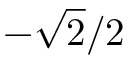
- { \sqrt { 2 } } / 2